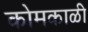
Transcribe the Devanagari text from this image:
कोमकाळी